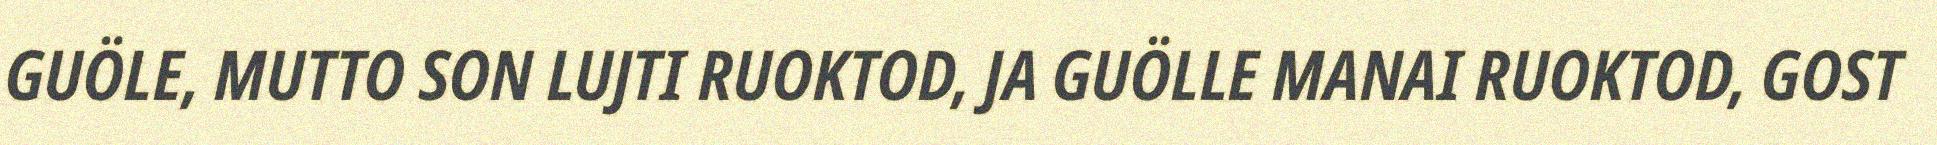
GUÖLE, MUTTO SON LUJTI RUOKTOD, JA GUÖLLE MANAI RUOKTOD, GOST